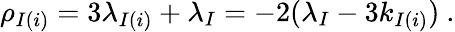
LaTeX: \rho_{I(i)}=3\lambda_{I(i)}+\lambda_{I}=-2(\lambda_{I}-3k_{I(i)})~.